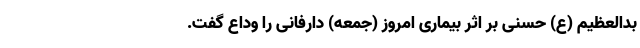
بدالعظیم (ع) حسنی بر اثر بیماری امروز (جمعه) دارفانی را وداع گفت.